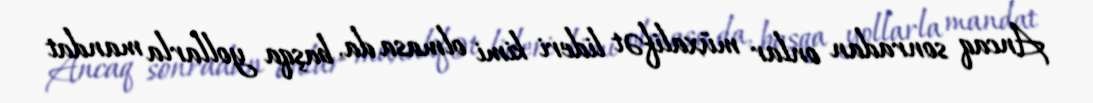
Ancaq sonradan onlar müxalifət lideri kimi olmasa da, başqa yollarla mandat